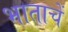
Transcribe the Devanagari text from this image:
भाताचें